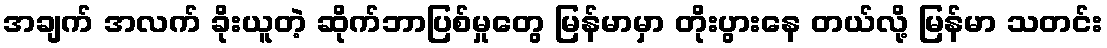
အချက် အလက် ခိုးယူတဲ့ ဆိုက်ဘာပြစ်မှုတွေ မြန်မာမှာ တိုးပွားနေ တယ်လို့ မြန်မာ သတင်း